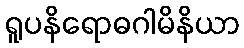
ရူပနိရောဓဂါမိနိယာ